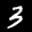
Label: 3